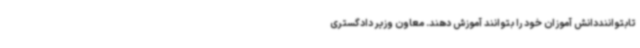
تابتواننددانش آموزان خود را بتوانند آموزش دهند. معاون وزیر دادگستری